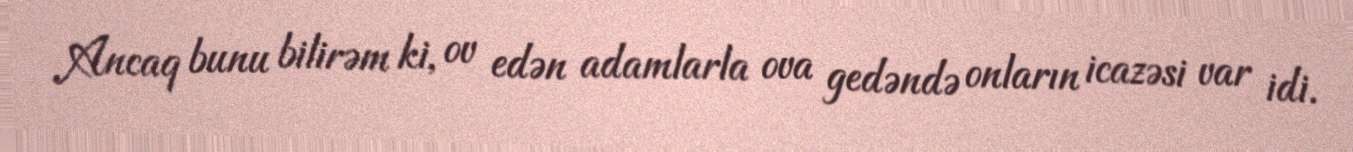
Ancaq bunu bilirəm ki, ov edən adamlarla ova gedəndə onların icazəsi var idi.